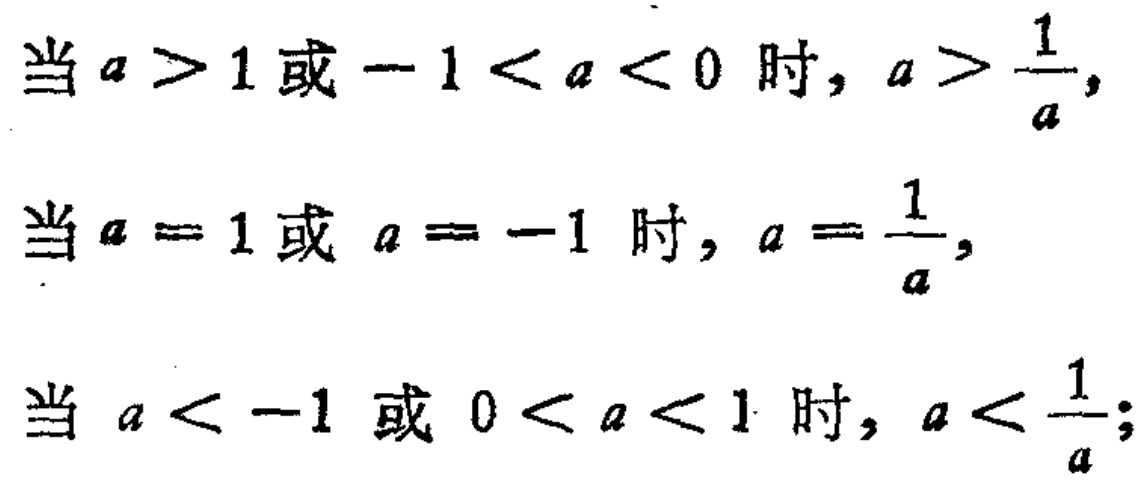
当 \(a > 1\) 或 \(-1 < a < 0\) 时，\(a > \frac{1}{a}\)，

当 \(a = 1\) 或 \(a = -1\) 时，\(a = \frac{1}{a}\)，

当 \(a < -1\) 或 \(0 < a < 1\) 时，\(a < \frac{1}{a}\)；